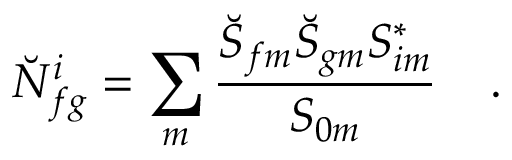
\breve { N } _ { f g } ^ { i } = \sum _ { m } { \frac { \breve { S } _ { f m } \breve { S } _ { g m } { S } _ { i m } ^ { * } } { { S } _ { 0 m } } } \; \; \; \; .